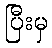
ပြီးမှ